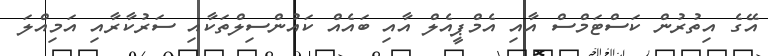
އޭގެ އިތުރުން ކަސްޓަމްސް އާއި އެމްޕީއެލް އާއި ބައެއް ކައުންސިލްތަކާއި ސަރުކާރާއި އަމިއްލަ